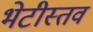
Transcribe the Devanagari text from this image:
भेटीस्तव